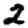
Digit: 2